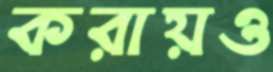
করায়ও